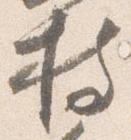
持